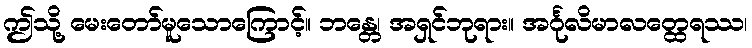
ဤသို့ မေးတော်မူသောကြောင့်။ ဘန္တေ၊ အရှင်ဘုရား။ အင်္ဂုလိမာလတ္ထေရဿ၊